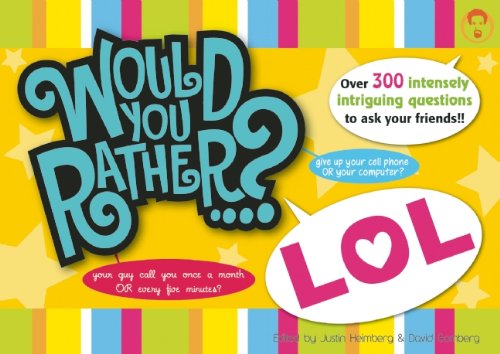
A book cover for Would You Rather...? LOL: Over 300 Intensely Intriguing Questions to Ask Your Friends; Teen & Young Adult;